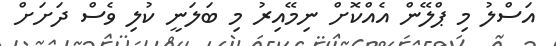
އަސްލު މި ޕްލޭން އެއްކޮށް ނިމޭއިރު މި ބަލަނީ ކުލި ވެސް ދަށަށް